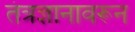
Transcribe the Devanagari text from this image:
तंत्रज्ञानावरून